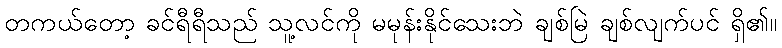
တကယ်တော့ ခင်ရီရီသည် သူ့လင်ကို မမုန်းနိုင်သေးဘဲ ချစ်မြဲ ချစ်လျက်ပင် ရှိ၏။